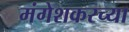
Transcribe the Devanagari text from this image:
मंगेशकरच्या